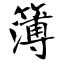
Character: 簿